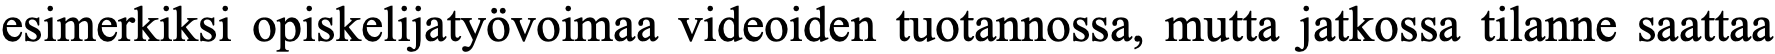
esimerkiksi opiskelijatyövoimaa videoiden tuotannossa, mutta jatkossa tilanne saattaa